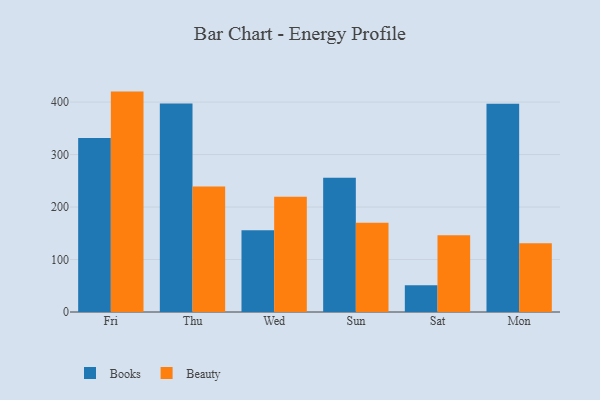
{"axis": {"x": "Day", "y": "Population (Million)"}, "legend": ["Beauty", "Books"], "data": [{"x": "Fri", "y": 331.6, "type": "Books"}, {"x": "Fri", "y": 420.0, "type": "Beauty"}, {"x": "Thu", "y": 397.4, "type": "Books"}, {"x": "Thu", "y": 239.3, "type": "Beauty"}, {"x": "Wed", "y": 155.9, "type": "Books"}, {"x": "Wed", "y": 219.7, "type": "Beauty"}, {"x": "Sun", "y": 255.9, "type": "Books"}, {"x": "Sun", "y": 170.2, "type": "Beauty"}, {"x": "Sat", "y": 51.1, "type": "Books"}, {"x": "Sat", "y": 146.3, "type": "Beauty"}, {"x": "Mon", "y": 396.9, "type": "Books"}, {"x": "Mon", "y": 130.8, "type": "Beauty"}]}